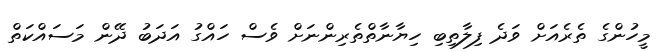
މީހުންގެ ތެރެއަށް ވަދެ ފިލާތިބި ހިޔާނާތްތެރިންނަށް ވެސް ހައްގު އަދަބު ދޭން މަސައްކަތް